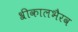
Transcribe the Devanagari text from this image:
श्रीकालभैरव